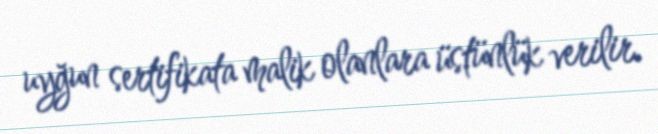
uyğun sertifikata malik olanlara üstünlük verilir.